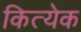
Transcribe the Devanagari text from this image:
कित्‍येक